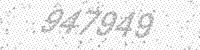
Solution: 947949